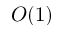
O ( 1 )